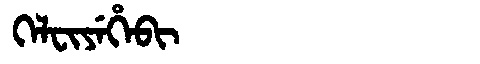
Manchu: ᡴᡝᠯᠸᡳᠶᡝᡥᡝᠪᡳ
Romanization: KELFIYEHEBI